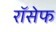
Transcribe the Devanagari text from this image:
रॉसेफ